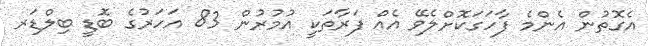
އެގޮތުން އެންމެ ފާހަގަކޮށްލެވޭ އެއް ފަރާތަކީ އުމުރުން 83 އަހަރުގެ ބޮޑީ ބިލްޑަރ